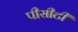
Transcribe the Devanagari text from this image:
पीसीटी